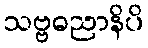
သဗ္ဗဓညာနိပိ